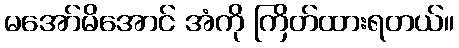
မအော်မိအောင် အံကို ကြိတ်ထားရတယ်။